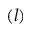
( l )